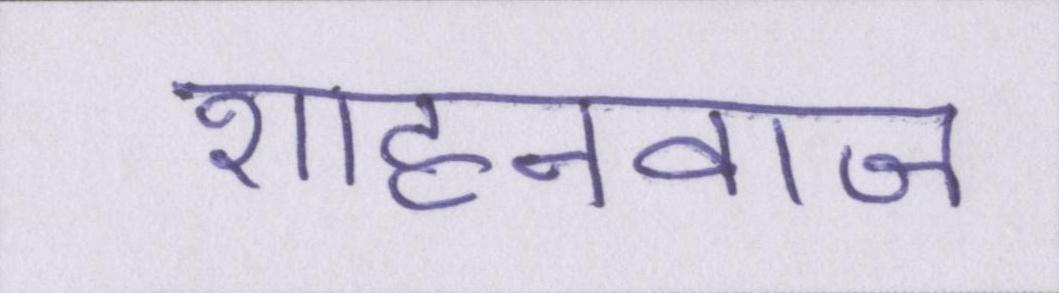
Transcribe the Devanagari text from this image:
शाहनवाज